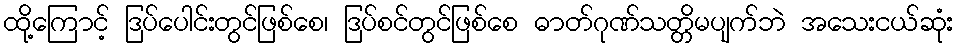
ထို့ကြောင့် ဒြပ်ပေါင်းတွင်ဖြစ်စေ၊ ဒြပ်စင်တွင်ဖြစ်စေ ဓာတ်ဂုဏ်သတ္တိမပျက်ဘဲ အသေးငယ်ဆုံး